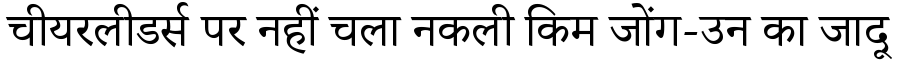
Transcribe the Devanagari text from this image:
चीयरलीडर्स पर नहीं चला नकली किम जोंग-उन का जादू